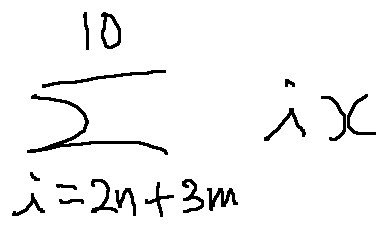
\sum \limits _ { i = 2 n + 3 m } ^ { 1 0 } i x